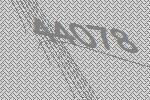
44078